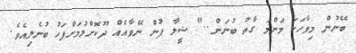
ބޭނުން މިވާހަކަ މަންމަ ގާތު ބުނަން.." ޝީލާ ފުން ނޭވާއެއް ދޫކޮށްލުމަށްފަހު ބުނެލިއެވެ.